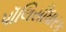
પૉલિસીધારક